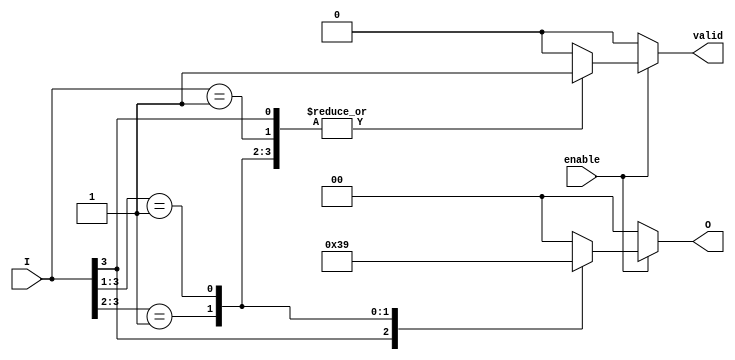
module priority_encoder (
    input wire [3:0] I,      // 4 input lines
    input wire enable,       // Enable signal
    output reg [1:0] O,      // 2 output lines
    output reg valid         // Valid output signal
);

    always @(*) begin
        if (!enable) begin
            O = 2'b00;        // Default state when not enabled
            valid = 1'b0;     // Invalid output
        end else begin
            casez (I)         // Use casez to handle don't care conditions
                4'b1??? : begin O = 2'b11; valid = 1'b1; end // I3 is active
                4'b01?? : begin O = 2'b10; valid = 1'b1; end // I2 is active
                4'b001? : begin O = 2'b01; valid = 1'b1; end // I1 is active
                4'b0001 : begin O = 2'b00; valid = 1'b1; end // I0 is active
                default : begin O = 2'b00; valid = 1'b0; end // No valid input
            endcase
        end
    end

endmodule